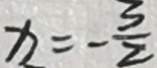
x = - \frac { 3 } { 2 }